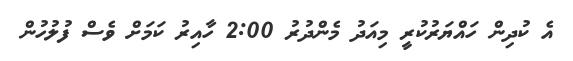
އެ ކުދިން ހައްޔަރުކުރީ މިއަދު މެންދުރު 2:00 ހާއިރު ކަމަށް ވެސް ފުލުހުން